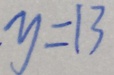
y = 1 3